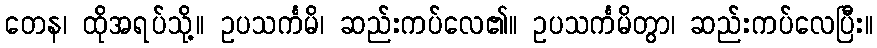
တေန၊ ထိုအရပ်သို့။ ဥပသင်္ကမိ၊ ဆည်းကပ်လေ၏။ ဥပသင်္ကမိတွာ၊ ဆည်းကပ်လေပြီး။